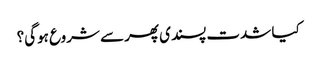
کیا شدت پسندی پھر سے شروع ہوگی؟